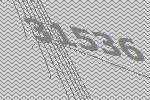
31536